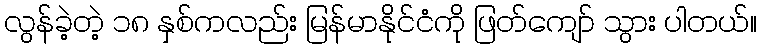
လွန်ခဲ့တဲ့ ၁၈ နှစ်ကလည်း မြန်မာနိုင်ငံကို ဖြတ်ကျော် သွား ပါတယ်။